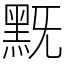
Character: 黖